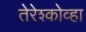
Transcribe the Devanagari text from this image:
तेरेश्कोव्हा